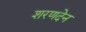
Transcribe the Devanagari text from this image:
शरणदेन